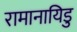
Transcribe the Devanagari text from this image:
रामानायिडु